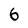
Character: 6